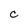
Character: C